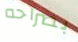
بصراحه